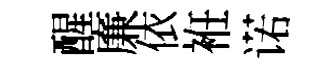
醒廉依袵诺